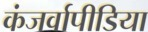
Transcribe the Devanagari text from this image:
कंजर्वापीडिया